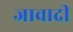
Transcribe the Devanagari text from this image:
जावादी